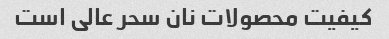
کیفیت محصولات نان سحر عالی است